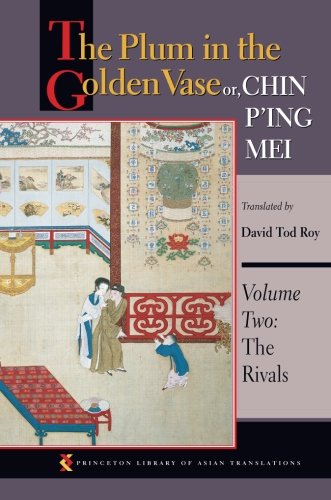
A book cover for The Plum in the Golden Vase or, Chin P'ing Mei, Volume Two: The Rivals (Princeton Library of Asian Translations) (Volume 2); Literature & Fiction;